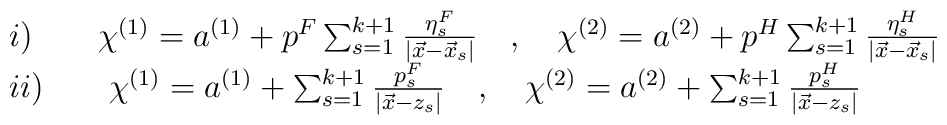
\begin{array}{l}  i) \qquad \chi^{(1)} = a^{(1)} + p^{F} \sum_{s=1}^{k+1} \frac{\eta_s^{F}}{|\vec{x} - \vec{x}_s|} \quad , \quad \chi^{(2)} = a^{(2)} + p^{H}\sum_{s=1}^{k+1} \frac{\eta_s^{H}}{|\vec{x} - \vec{x}_s|} \\ii) \qquad  \chi^{(1)} = a^{(1)} + \sum_{s=1}^{k+1} \frac{p^{F}_s}{|\vec{x} - z_s|} \quad , \quad \chi^{(2)} = a^{(2)} + \sum_{s=1}^{k+1} \frac{p^{H}_s}{|\vec{x} - z_s|}\end{array}